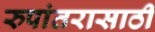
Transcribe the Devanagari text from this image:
रुपांतरासाठी